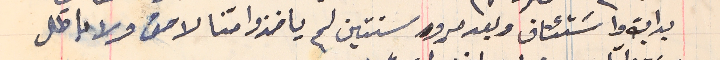
بداية واسَتئناف وبعد مرور سنتين لم ياخذوا منا لا حق ولا باطل